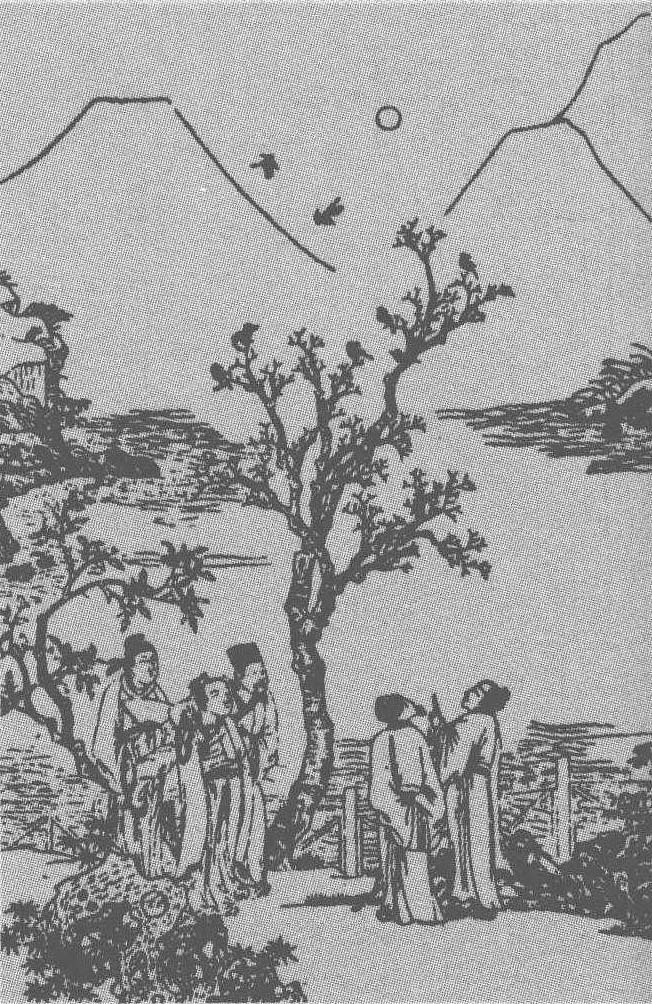
义人在上，天下必治。